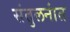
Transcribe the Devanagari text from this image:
संतुलनांत